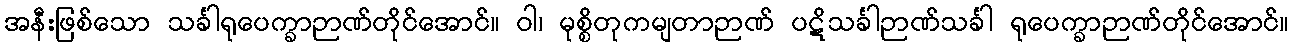
အနီးဖြစ်သော သင်္ခါရုပေက္ခာဉာဏ်တိုင်အောင်။ ဝါ၊ မုစ္စိတုကမျတာဉာဏ် ပဋိသင်္ခါဉာဏ်သင်္ခါ ရုပေက္ခာဉာဏ်တိုင်အောင်။